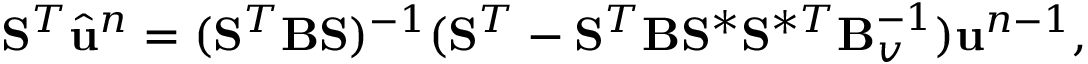
\mathbf { S } ^ { T } \hat { \ensuremath { \mathbf { u } } } ^ { n } = ( \mathbf { S } ^ { T } \mathbf { B } \mathbf { S } ) ^ { - 1 } ( \mathbf { S } ^ { T } - \mathbf { S } ^ { T } \mathbf { B } \mathbf { S } ^ { \ast } \mathbf { S } ^ { \ast T } \mathbf { B } _ { v } ^ { - 1 } ) \ensuremath { \mathbf { u } } ^ { n - 1 } ,